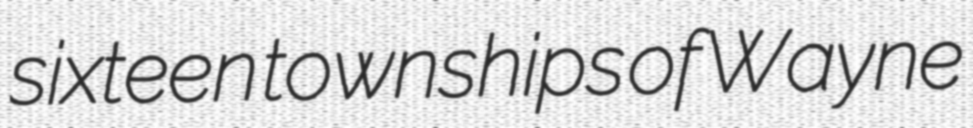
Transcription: sixteen townships of Wayne